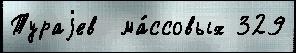
Тураjев  ма́ссовых 329